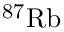
\mathrm { ^ { 8 7 } R b }